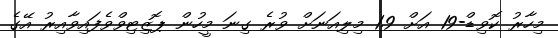
މިހާރު ކޮވިޑް-19 އަށް 1.9 މިލިއަނަށް ވުރެ ގިނަ މީހުން ޕޮޒިޓިވްވެފައިވާއިރު އޭގެ